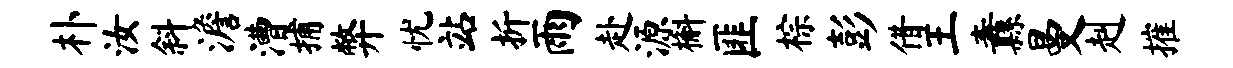
朴汝斜澹漕捕弊忧站折雨赴源槲匪棕彭借王纛曼赳摧